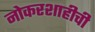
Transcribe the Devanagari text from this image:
नोकरशाहीची